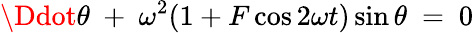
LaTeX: \Ddot{\theta}\ +\ \omega^{2}(1+F\cos 2\omega t)\sin\theta\ =\ 0